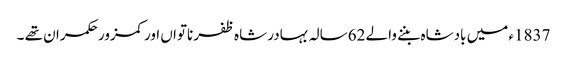
1837ء میں بادشاہ بننے والے 62سالہ بہادر شاہ ظفر ناتواں اورکمزور حکمران تھے ۔